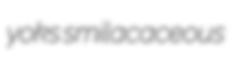
yoks smilacaceous